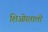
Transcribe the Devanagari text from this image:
शिओरताली